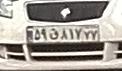
۵۹ق۸۱۷۷۷